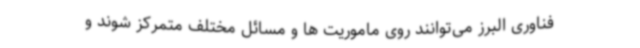
فناوری البرز می‌توانند روی ماموریت ها و مسائل مختلف متمرکز شوند و